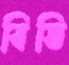
বিভি